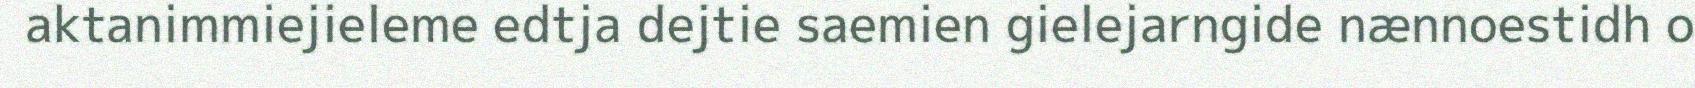
aktanimmiejieleme edtja dejtie saemien gielejarngide nænnoestidh o